Annual report on the Civil Veterinary Department, Burma (including the Insein Veterinary School) - 1910-1922
Year: 1910
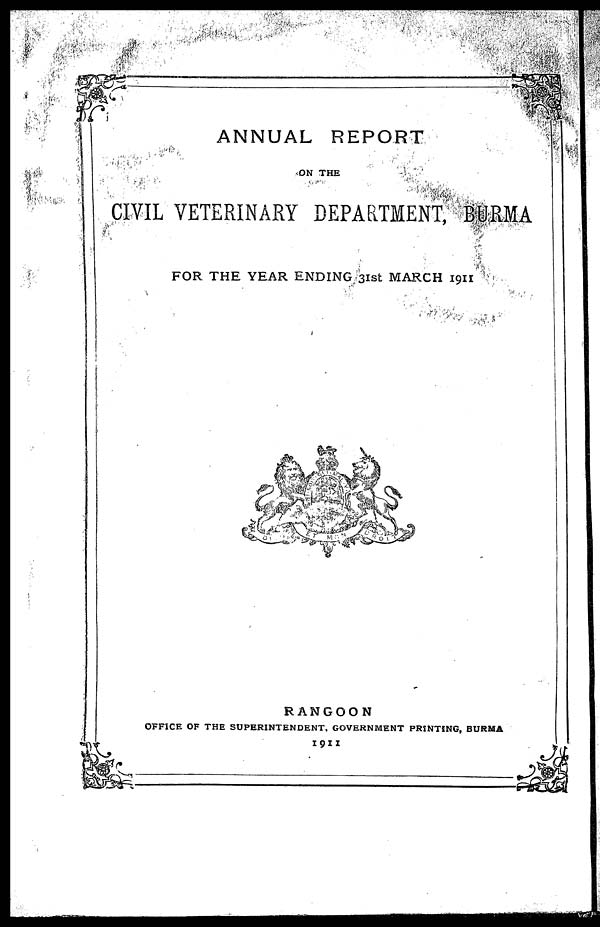
ANNUAL REPORT
ON THE
CIVIL VETERINARY DEPARTMENT, BURMA
FOR THE YEAR ENDING 31st MARCH 1911
RANGOON
OFFICE OF THE SUPERINTENDENT, GOVERNMENT PRINTING, BURMA
1911